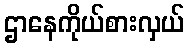
ဌာနေကိုယ်စားလှယ်